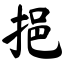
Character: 挹